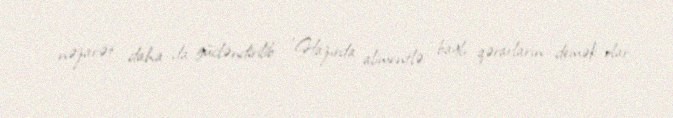
nəzarət daha da gücləndirilib: "Hazırda alimentlə bağlı qərarların demək olar